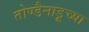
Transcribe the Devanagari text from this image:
तोण्डैनाडूच्या